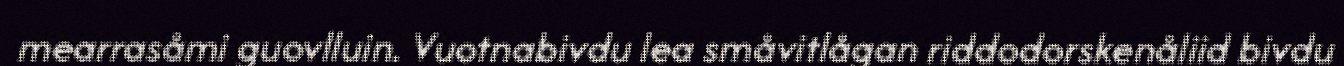
mearrasåmi guovlluin. Vuotnabivdu lea småvitlågan riddodorskenåliid bivdu